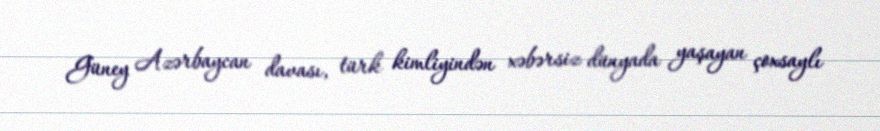
Güney Azərbaycan davası, türk kimliyindən xəbərsiz dünyada yaşayan çoxsaylı